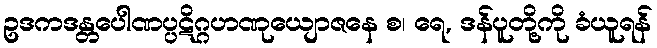
ဥဒကဒန္တပေါဏပ္ပဋိဂ္ဂဟဏုယျောဇနေ စ၊ ရေ, ဒန်ပူတို့ကို ခံယူရန်